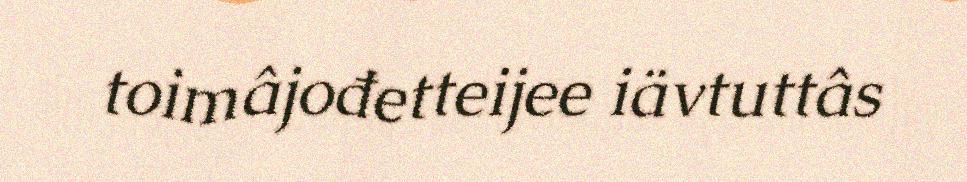
toimâjođetteijee iävtuttâs